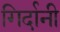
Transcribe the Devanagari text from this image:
गिर्दानी